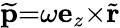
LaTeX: \widetilde{\mathbf{p}}{=}\omega\mathbf{e}_{z}{\times}\widetilde{\mathbf{r}}